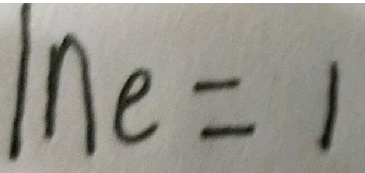
\ln e = 1